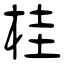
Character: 桂